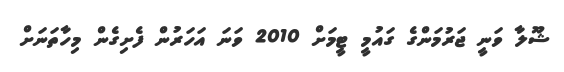
ޝޫލާ ވަނީ ޖަރުމަންގެ ގައުމީ ޓީމަށް 2010 ވަނަ އަހަރުން ފެށިގެން މިހާތަނަށް